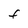
Character: F